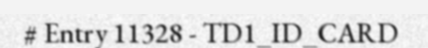
# Entry 11328 - TD1_ID_CARD